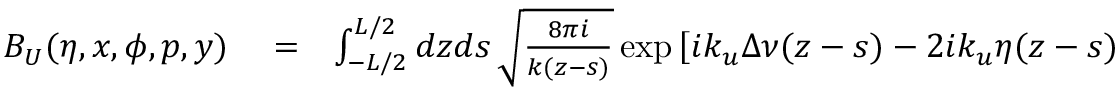
\begin{array} { r l r } { B _ { U } ( \eta , x , \phi , p , y ) } & { { } = } & { \int _ { - L / 2 } ^ { L / 2 } d z d s \, \sqrt { \frac { 8 \pi i } { k ( z - s ) } } \exp \left[ i k _ { u } \Delta \nu ( z - s ) - 2 i k _ { u } \eta ( z - s ) \right. } \end{array}